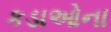
કડાઓના